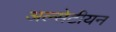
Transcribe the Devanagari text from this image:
अल्सेटीयन